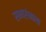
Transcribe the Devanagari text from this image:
सभारंभाला